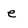
Character: e